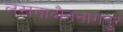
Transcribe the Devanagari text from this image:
लखनादौननागपुर